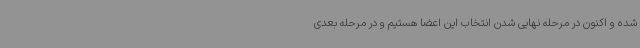
شده و اکنون در مرحله نهایی شدن انتخاب این اعضا هستیم و در مرحله بعدی